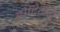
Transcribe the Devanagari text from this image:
होदिगेरी